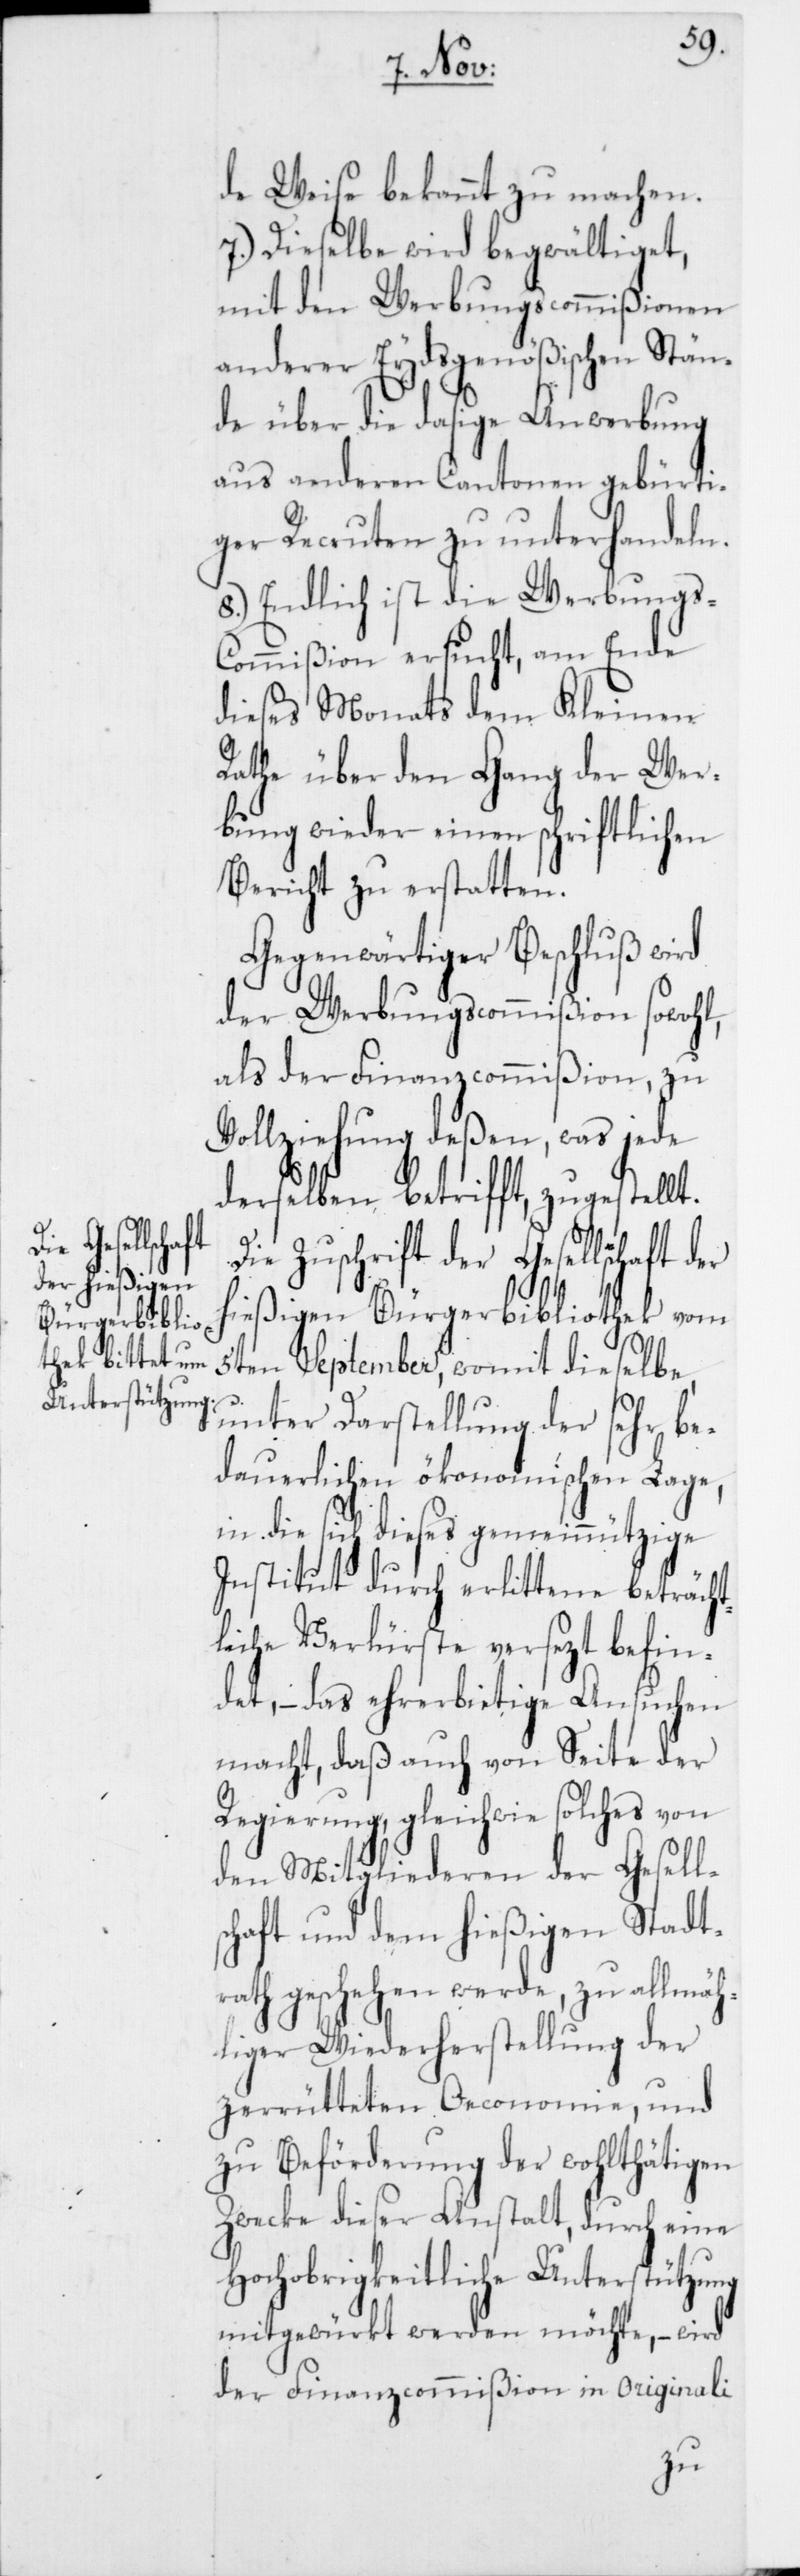
s¬
de Weise bekannt zu machen.
7.) Dieselbe wird begwältiget,
mit den Werbungscommißionen
anderer Eydsgenößischen Stän¬
de über die dasige Anwerbung
aus anderen Cantonen gebürti¬
ger Recruten zu unterhandeln.
8.) Endlich ist die Werbungs-C¬
ommißion ersucht, am Ende
dieses Monats dem Kleinen
Rathe über den Gang der Wer¬
bung wieder einen schriftlichen
Bericht zu erstatten.
Gegenwärtiger Beschluß wird
der Werbungscommißion sowohl
als der Finanzcommißion, zu
Vollziehung deßen, was jede
derselben betrifft, zugestellt.
Die Zuschrift der Gesellschaft der
hießigen Bürgerbibliothek vom
5ten September, womit dieselbe,
unter Darstellung der sehr be¬
dauerlichen ökonomischen Lage,
in die sich dieses gemeinnützige
Institut durch erlittene beträcht¬
liche Verlüste versezt befin¬
det, – das ehrerbietige Ansuchen
macht, daß auch von Seite der
Regierung, gleichwie solches von
den Mitgliederen der Gesell¬
chaft und dem hießigen Stadt¬
rath geschehen werde, zu allmäh¬
licher Wiederherstellung der
zerrütteten Oeconomie, und
zu Beförderung der wohlthätigen
Zwecke dieser Anstalt, durch eine
Hochobrigkeitliche Unterstützung,
mitgewürkt werden möchte, – wird
der Finanzcommißion in Originali